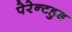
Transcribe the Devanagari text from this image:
पेरेन्टहुड